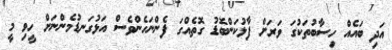
އަދި ބައެއް ހިސާބުތަކުގަ ވަރަށް ފާޅުކަންބޮޑު ގޮތެއްގަ ފެންނަހެންވެސް އަޅުގަނޑުމެންނަށް ހީވި މީ